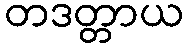
တဒတ္တာယ